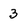
Character: 3